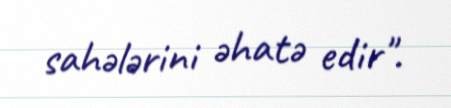
sahələrini əhatə edir".